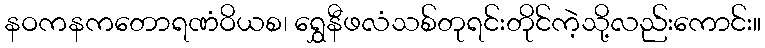
နဝကနကတောရဏံဝိယစ၊ ရွှေနီဖလံသစ်တုရင်းတိုင်ကဲ့သို့လည်းကောင်း။